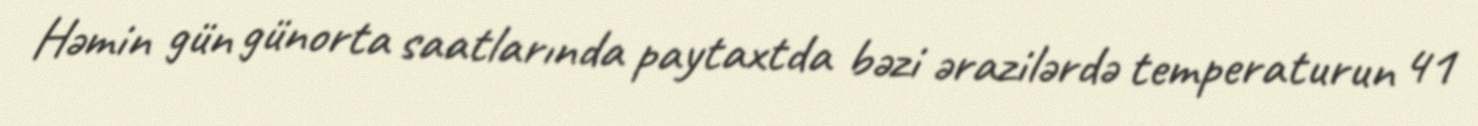
Həmin gün günorta saatlarında paytaxtda bəzi ərazilərdə temperaturun 41